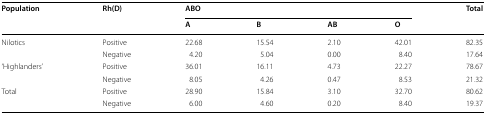
<table><thead><tr><td rowspan="2"><b>Population</b></td><td rowspan="2"><b>Rh(D)</b></td><td colspan="4"><b>ABO</b></td><td rowspan="2"><b>Total</b></td></tr><tr><td><b>A</b></td><td><b>B</b></td><td><b>AB</b></td><td><b>O</b></td></tr></thead><tbody><tr><td rowspan="2">Nilotics</td><td>Positive</td><td>22.68</td><td>15.54</td><td>2.10</td><td>42.01</td><td>82.35</td></tr><tr><td>Negative</td><td>4.20</td><td>5.04</td><td>0.00</td><td>8.40</td><td>17.64</td></tr><tr><td rowspan="2">‘Highlanders’</td><td>Positive</td><td>36.01</td><td>16.11</td><td>4.73</td><td>22.27</td><td>78.67</td></tr><tr><td>Negative</td><td>8.05</td><td>4.26</td><td>0.47</td><td>8.53</td><td>21.32</td></tr><tr><td rowspan="2">Total</td><td>Positive</td><td>28.90</td><td>15.84</td><td>3.10</td><td>32.70</td><td>80.62</td></tr><tr><td>Negative</td><td>6.00</td><td>4.60</td><td>0.20</td><td>8.40</td><td>19.37</td></tr></tbody></table>